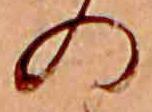
の